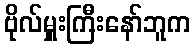
ဗိုလ်မှူးကြီးနော်ဘူက